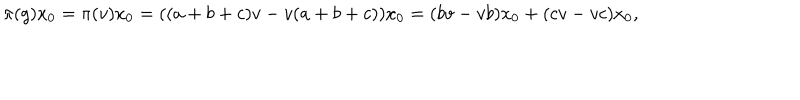
\pi ( g ) x _ { 0 } = \pi ( v ) x _ { 0 } = ( ( a + b + c ) v - v ( a + b + c ) ) x _ { 0 } = ( b v - v b ) x _ { 0 } + ( c v - v c ) x _ { 0 } ,